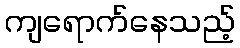
ကျရောက်နေသည့်